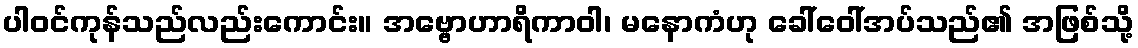
ပါဝင်ကုန်သည်လည်းကောင်း။ အဗ္ဗောဟာရိကာဝါ၊ မနောကံဟု ခေါ်ဝေါ်အပ်သည်၏ အဖြစ်သို့